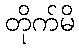
တိုက်မိ